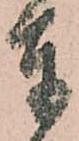
奉